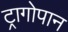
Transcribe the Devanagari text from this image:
ट्रागोपान